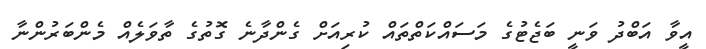
އީވާ އަބްދު ވަނީ ބަޖެޓުގެ މަސައްކަތްތައް ކުރިއަށް ގެންދާނެ ގޮތުގެ ތާވަލެއް މެންބަރުންނާ